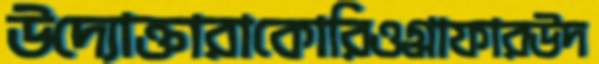
উদ্যোক্তারাকোরিওগ্রাফারউদ